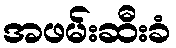
အဖမ်းဆီးခံ